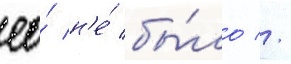
ео́ н'е́ бы́ло //